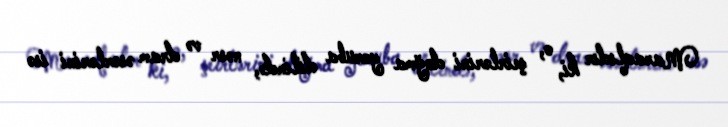
Maraqlıdır ki, o, şeirlərini doğma yoruba dilində, nəsr və dram əsərlərini isə